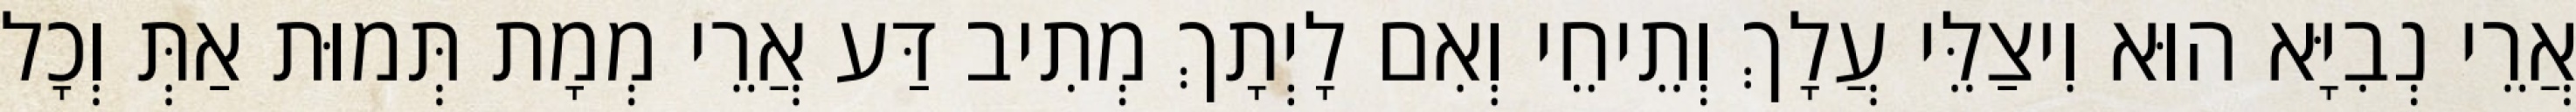
אֲרֵי נְבִיָּא הוּא וִיצַלֵּי עֲלָךְ וְתֵיחֵי וְאִם לָיְתָךְ מְתִיב דַּע אֲרֵי מְמָת תְּמוּת אַתְּ וְכָל